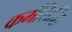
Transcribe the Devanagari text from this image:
कर्मसिद्धि